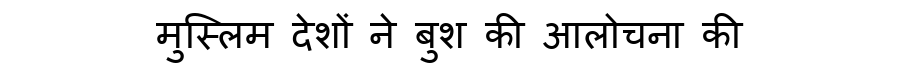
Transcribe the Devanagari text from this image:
मुस्लिम देशों ने बुश की आलोचना की